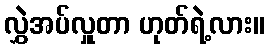
လွှဲအပ်လှူတာ ဟုတ်ရဲ့လား။